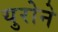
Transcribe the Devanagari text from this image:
युरोने